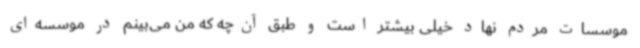
موسسات مردم نهاد خیلی بیشتر است و طبق آن‌چه که من می‌بینم در موسسه‌ای